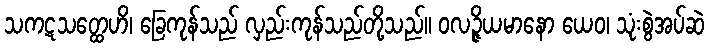
သကဋသတ္ထေဟိ၊ ခြေကုန်သည် လှည်းကုန်သည်တို့သည်။ ဝလဉ္ဇိယမာနော ယေဝ၊ သုံးစွဲအပ်ဆဲ